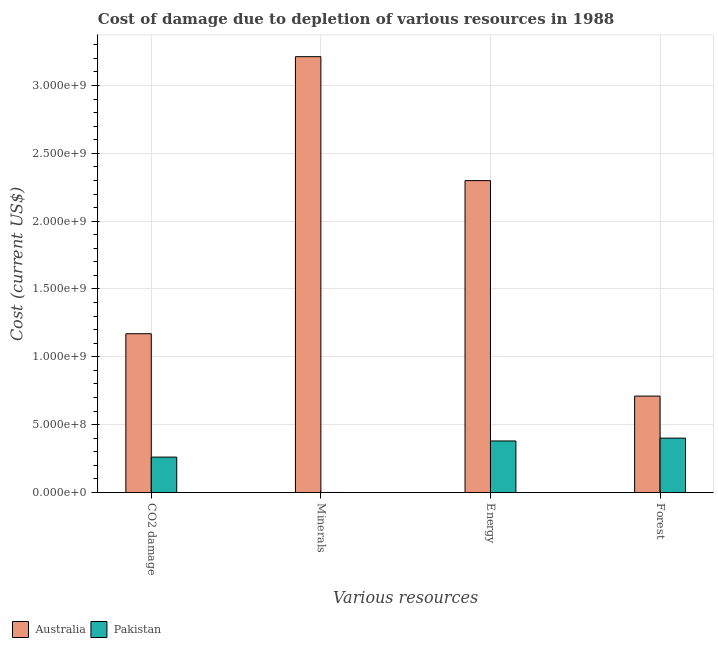
| Various resources | Australia | Pakistan |
 | --- | --- | --- |
 | CO2 damage | 1.17e+09 | 2.61e+08 |
 | Minerals | 3.21e+09 | 2.79e+04 |
 | Energy | 2.3e+09 | 3.8e+08 |
 | Forest | 7.11e+08 | 4.01e+08 |